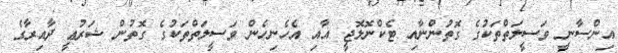
އިންސާނީ ވަސީލަތްތަކުގެ ގޮތުންނާއި ޓެކްނޮލޮޖީ އާއި އެހެނިހެން ވަސީލަތްތަކުގެ ގޮތުން ޝަރުޢީ ދާއިރާގެ